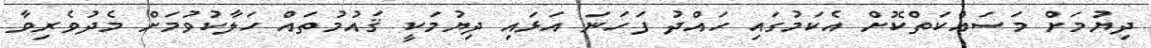
ދިޔުމަށް މަސައްކަތްކޮށް އެކަމުގައި ހައްދު ފަހަނަ އަޅައި ދިޔުމަކީ ޤައުމުތައް ހަލާކުވުމަށް މެދުވެރިވާ